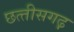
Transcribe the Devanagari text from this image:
छत्‍तीसगढ़़